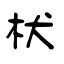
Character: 枤